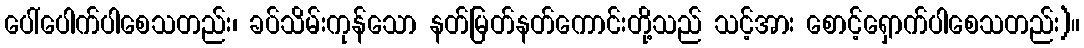
ပေါ်ပေါက်ပါစေသတည်း၊ ခပ်သိမ်းကုန်သော နတ်မြတ်နတ်ကောင်းတို့သည် သင့်အား စောင့်ရှောက်ပါစေသတည်း)။